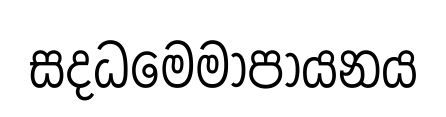
සදධමෙමාපායනය